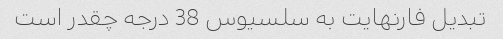
تبدیل فارنهایت به سلسیوس 38 درجه چقدر است